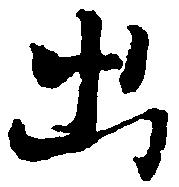
出